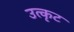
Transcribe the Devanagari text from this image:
उत्कृट